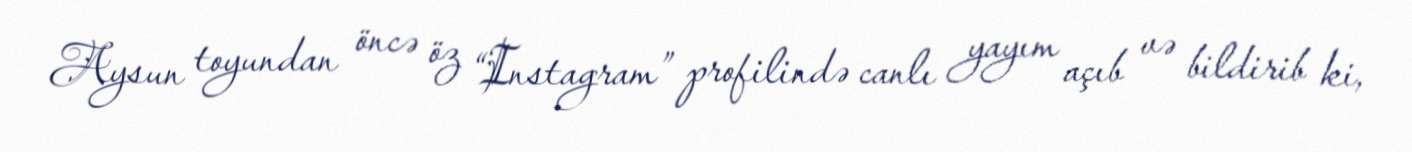
Aysun toyundan öncə öz “Instagram” profilində canlı yayım açıb və bildirib ki,